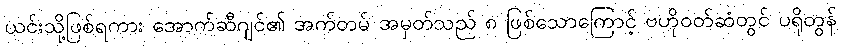
ယင်းသို့ဖြစ်ရကား အောက်ဆီဂျင်၏ အက်တမ် အမှတ်သည် ၈ ဖြစ်သောကြောင့် ဗဟိုဝတ်ဆံတွင် ပရိုတွန်